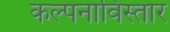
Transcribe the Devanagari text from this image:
कल्पनाविस्तार